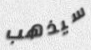
سيذهب